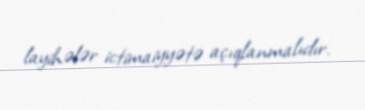
layihələr ictimaiyyətə açıqlanmalıdır.